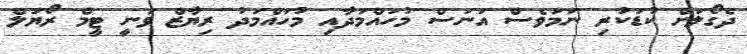
ދެގޯލަށް ކުޑަކުރި ނަމަވެސް އަނަސް މުހައްމަދާއި މުހައްމަދު ރިޔާޒް ވަނީ ޓީމް ރޯޔަލް